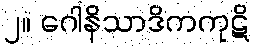
၂။ ဂေါနိသာဒိကကုဋိ